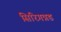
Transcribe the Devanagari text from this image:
सिरिगन्नड